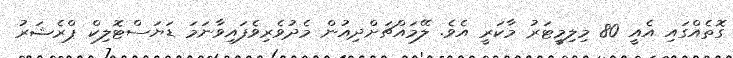
ގޮތެއްގައި އެއީ 80 މިލިމީޓަރު މާކަރީ އެވެ. ލޭމައްޗަށްދިއުން މެދުވެރިވެފައިވާނަމަ ޑަޔަސްޓޮލިކް ޕްރެޝަރު